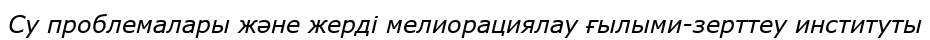
Су проблемалары және жерді мелиорациялау ғылыми-зерттеу институты